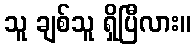
သူ ချစ်သူ ရှိပြီလား။